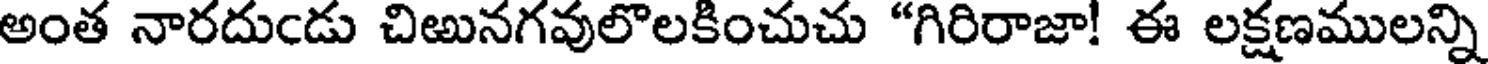
అంత నారదుఁడు చిఱునగవులొలకించుచు "గిరిరాజా! ఈ లక్షణములన్ని